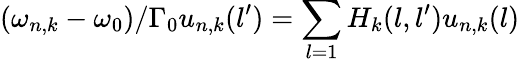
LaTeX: (\omega_{n,k}-\omega_{0})/\Gamma_{0}u_{n,k}(l^{\prime})=\sum_{l=1}H_{k}(l,l^{\prime})u_{n,k}(l)